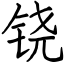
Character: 铙